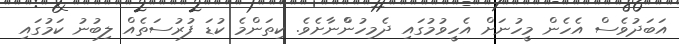
އަބަދުވެސް އެހެން މީހުނަށް އެހީވުމުގައި ދެމިހުންްނާށެވެ. ކިތަންމެ ކުޑަ ފުރުސަތެއް ލިބުނު ކަމުގައި